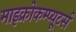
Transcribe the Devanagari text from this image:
माइक्रोकम्प्यूटर्स